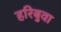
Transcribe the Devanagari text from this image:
हरिबुवा